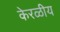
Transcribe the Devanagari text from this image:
केरळीय